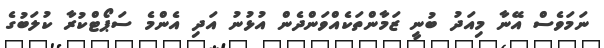
ނަމަވެސް އޭނާ މިއަދު ބުނީ ޒަމާންތަކެއްވަންދެން އުޅުނު އަދި އެންމެ ސަޕޯޓްކުރާ ކުލަބުގެ